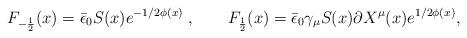
LaTeX: \begin{align*} F_{-{1\over2}}(x)=\bar \epsilon_0S(x)e^{-1/2\phi(x)}\;,\qquad F_{ 1\over 2}(x) = \bar \epsilon_0 \gamma_\mu S(x) \partial X^\mu(x)e^{1/2\phi(x)},\end{align*}